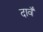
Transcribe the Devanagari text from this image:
दावँ